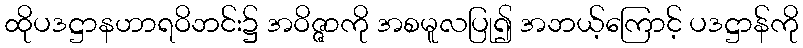
ထိုပဒဋ္ဌာနဟာရဝိဘင်း၌ အဝိဇ္ဇာကို အစမူလပြု၍ အဘယ့်ကြောင့် ပဒဋ္ဌာန်ကို